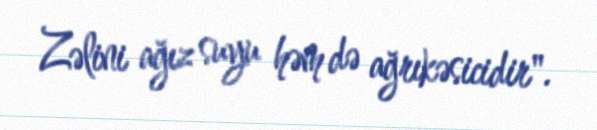
Zəlini ağız suyu həm də ağrıkəsicidir".